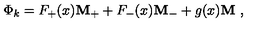
\Phi _ { k } = F _ { + } ( x ) { \bf M _ { + } } + F _ { - } ( x ) { \bf M _ { - } } + g ( x ) { \bf M } \ ,